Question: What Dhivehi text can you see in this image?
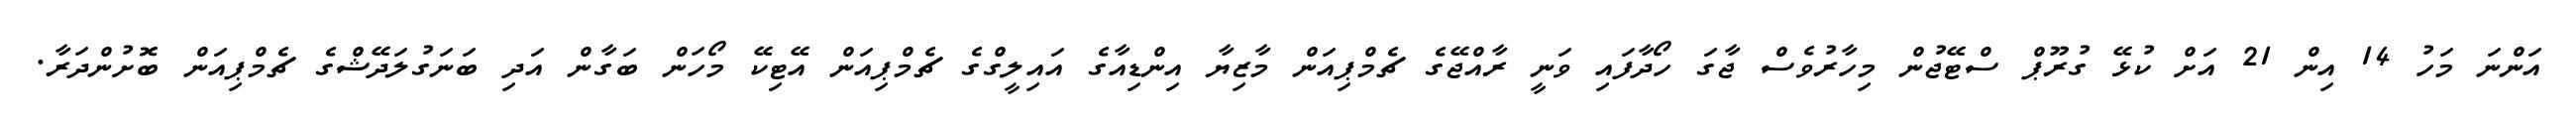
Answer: އަންނަ މަހު 14 އިން 21 އަށް ކުޅޭ ގުރޫޕް ސްޓޭޖުން މިހާރުވެސް ޖާގަ ހޯދާފައި ވަނީ ރާއްޖޭގެ ޗެމްޕިއަން މާޒިޔާ އިންޑިއާގެ އައިލީގްގެ ޗެމްޕިއަން އޭޓިކޭ މޯހަން ބަގާން އަދި ބަނަގުލަދޭޝްގެ ޗެމްޕިއަން ބޮށުންދަރާ.